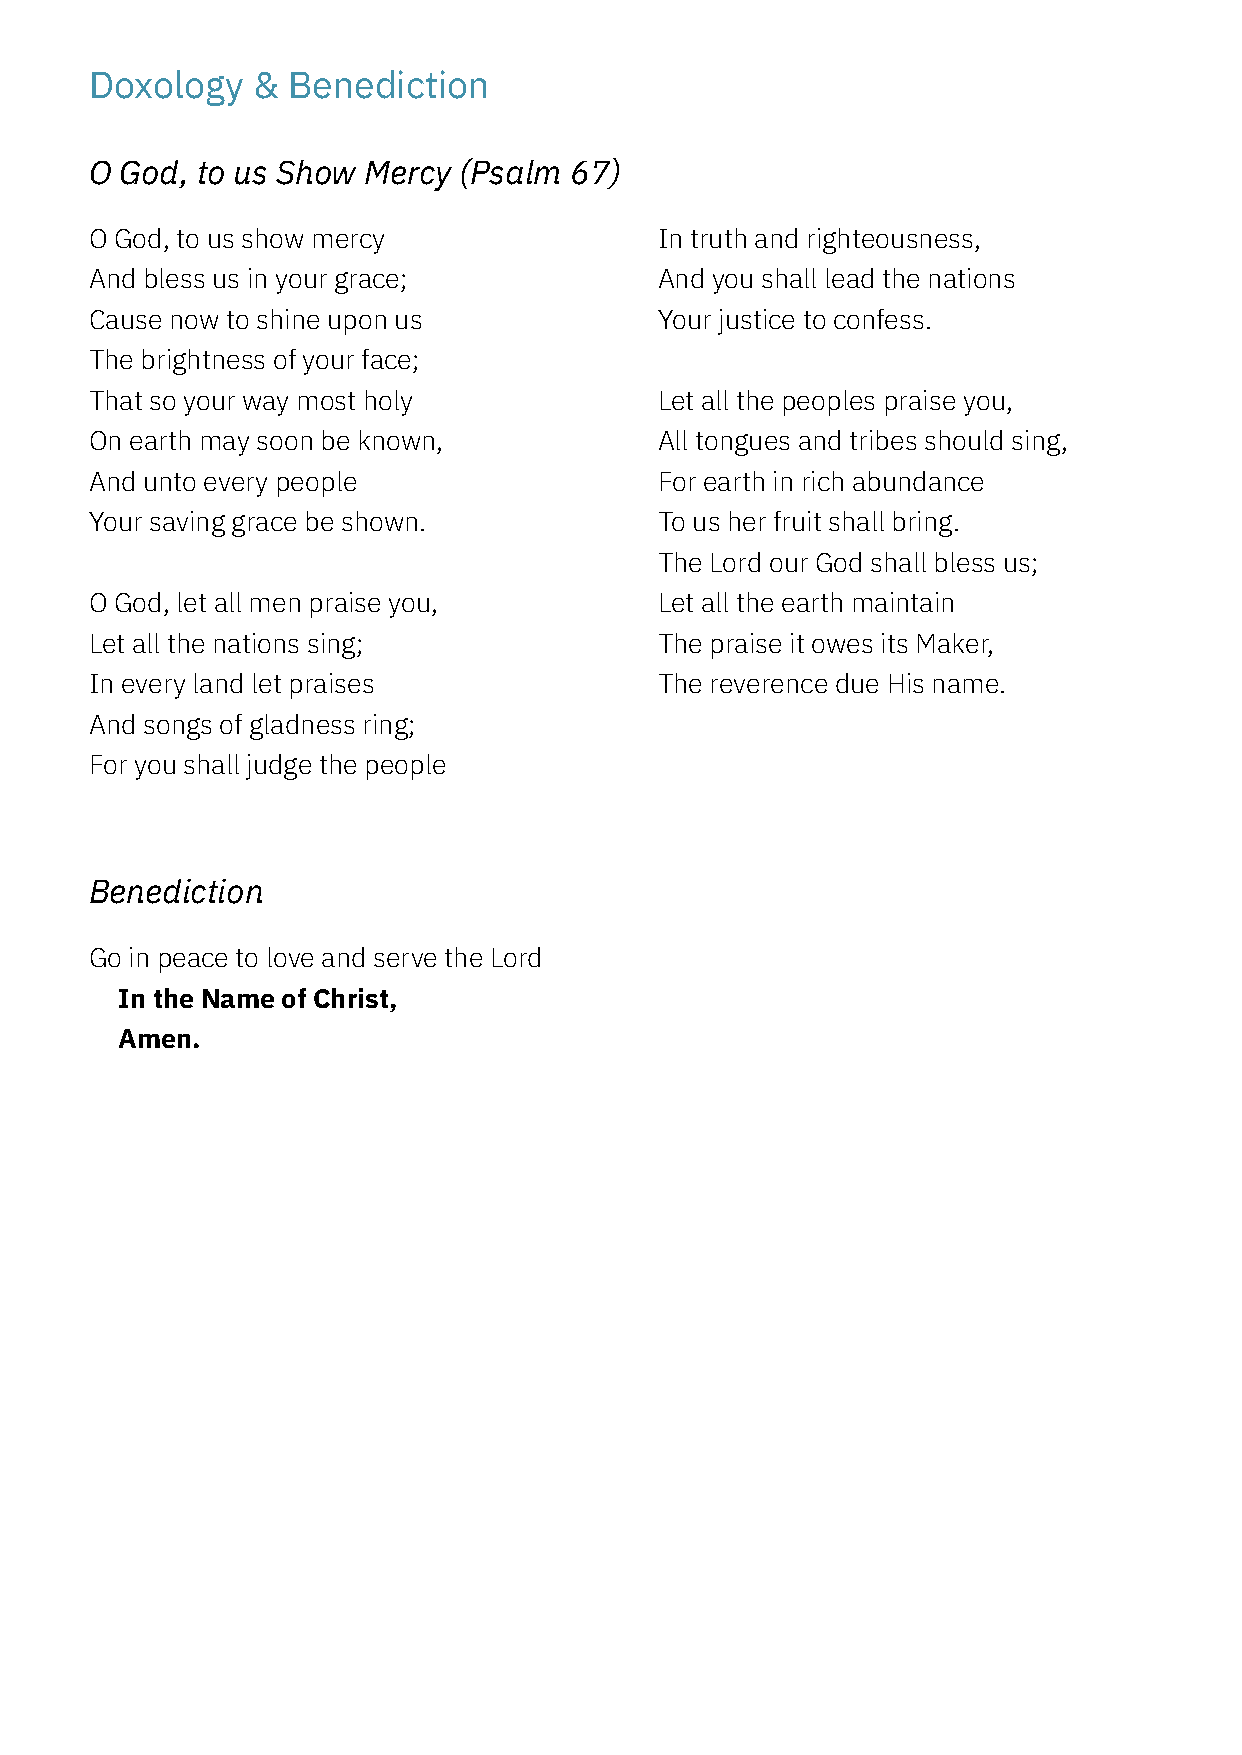
Doxology   & Benediction
 O God, to us Show Mercy (Psalm  67)
 O God, to us show mercy               In truth and righteousness,
 And bless us in your grace;           And you shall lead the nations
 Cause now to shine upon us            Your justice to confess.
 The brightness of your face;
 That so your way most holy            Let all the peoples praise you,
 On earth may soon be known,           All tongues and tribes should sing,
 And unto every people                 For earth in rich abundance
 Your saving grace be shown.           To us her fruit shall bring.
 The Lord our God shall bless us;
 O God, let all men praise you,        Let all the earth maintain
 Let all the nations sing;             The praise it owes its Maker,
 In every land let praises             The reverence due His name.
 And songs of gladness ring;
 For you shall judge the people
 Benediction
 Go in peace to love and serve the Lord
 In the Name of Christ,
 Amen.